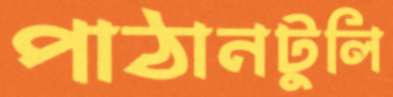
পাঠানটুলি